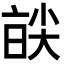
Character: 𡙑